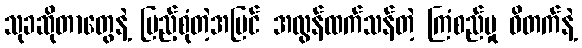
သုခဆိုတာတွေနဲ့ ပြည့်စုံတဲ့အပြင် အလွန်ထက်သန်တဲ့ ကြံစည်မှု ဝိတက်နဲ့